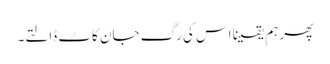
پھر ہم یقینا اس کی رگ جان کاٹ ڈالتے۔